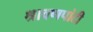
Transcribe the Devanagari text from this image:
श्रावणपांटी